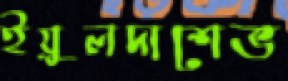
ইয়ুলদাশেভ